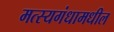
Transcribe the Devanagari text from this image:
मत्स्यगंधामधील